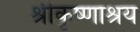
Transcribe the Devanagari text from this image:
श्रीकृष्णाश्रय